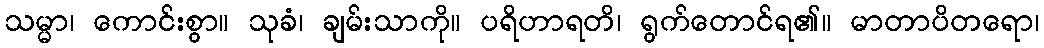
သမ္မာ၊ ကောင်းစွာ။ သုခံ၊ ချမ်းသာကို။ ပရိဟာရတိ၊ ရွက်တောင်ရ၏။ မာတာပိတရော၊